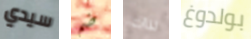
سيدي ضم لذات بولدوغ